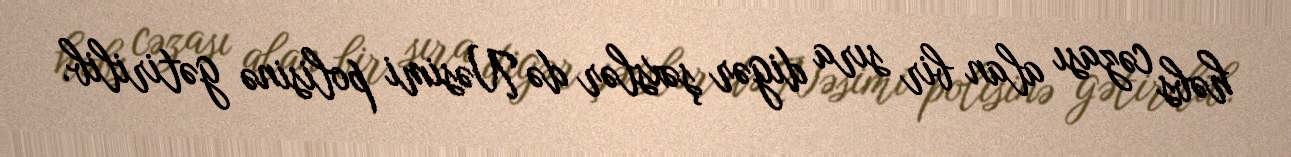
həbs cəzası alan bir sıra digər şəxslər də Nəsimi polisinə gətirilib.